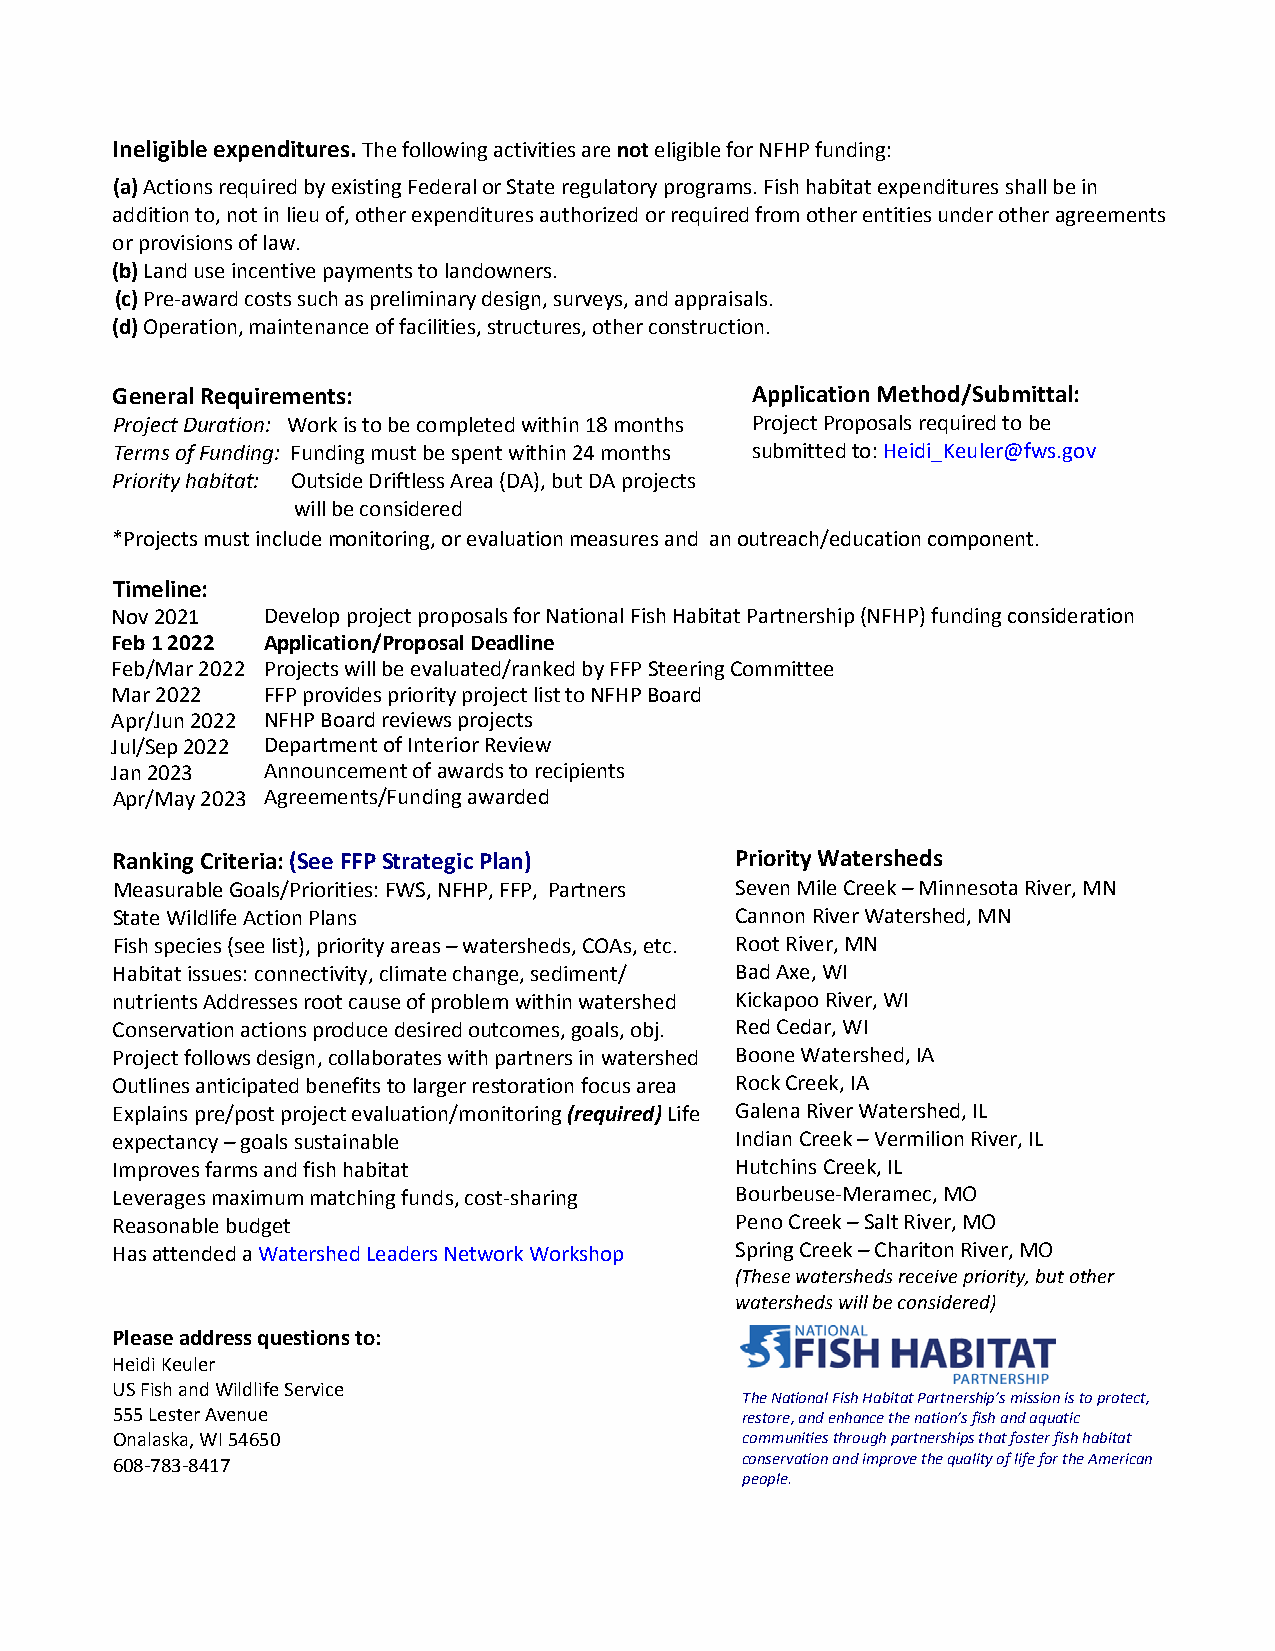
Ineligible expenditures. The following activities are not eligible for NFHP funding:
 (a)Actions required by existing Federal or State regulatory programs. Fish habitat expenditures shall be in
 addition to, not in lieu of, other expenditures authorized or required from other entities under other agreements
 or provisions of law.
 (b)Land use incentive payments to landowners.
 (c)Pre-award costs such as preliminary design, surveys, and appraisals.
 (d)Operation, maintenance of facilities, structures, other construction.
 General Requirements:                      Application Method/Submittal:
 Project Duration: Work is to be completed within 18 months Project Proposals required to be
 Terms of Funding: Funding must be spent within 24 months submitted to: Heidi_Keuler@fws.gov
 Priority habitat: Outside Driftless Area (DA), but DA projects
 will be considered
 *Projects must include monitoring, or evaluation measures and an outreach/education component.
 Timeline:
 Nov 2021  Develop project proposals for National Fish Habitat Partnership (NFHP) funding consideration
 Feb 1 2022 Application/Proposal Deadline
 Feb/Mar 2022 Projects will be evaluated/ranked by FFP Steering Committee
 Mar 2022  FFP provides priority project list to NFHP Board
 Apr/Jun 2022 NFHP Board reviews projects
 Jul/Sep 2022 Department of Interior Review
 Jan 2023  Announcement of awards to recipients
 Apr/May 2023 Agreements/Funding awarded
 Ranking Criteria: (See FFP Strategic Plan) Priority Watersheds
 Measurable Goals/Priorities: FWS, NFHP, FFP, Partners Seven Mile Creek – Minnesota River, MN
 State Wildlife Action Plans               Cannon River Watershed, MN
 Fish species (see list), priority areas – watersheds, COAs, etc. Root River, MN
 Habitat issues: connectivity, climate change, sediment/ Bad Axe, WI
 nutrients Addresses root cause of problem within watershed Kickapoo River, WI
 Conservation actions produce desired outcomes, goals, obj. Red Cedar, WI
 Project follows design, collaborates with partners in watershed Boone Watershed, IA
 Outlines anticipated benefits to larger restoration focus area Rock Creek, IA
 Explains pre/post project evaluation/monitoring (required) Life Galena River Watershed, IL
 expectancy – goals sustainable            Indian Creek – Vermilion River, IL
 Improves farms and fish habitat           Hutchins Creek, IL
 Leverages maximum matching funds, cost-sharing Bourbeuse-Meramec, MO
 Reasonable budget                         Peno Creek – Salt River, MO
 Has attended a Watershed Leaders Network Workshop Spring Creek – Chariton River, MO
 (These watersheds receive priority, but other
 watersheds will be considered)
 Please address questions to:
 Heidi Keuler
 US Fish and Wildlife Service
 The National Fish Habitat Partnership’s mission is to protect,
 555 Lester Avenue                         restore, and enhance the nation’s fish and aquatic
 Onalaska, WI 54650                        communities through partnerships that foster fish habitat
 608-783-8417                              conservation and improve the quality of life for the American
 people.